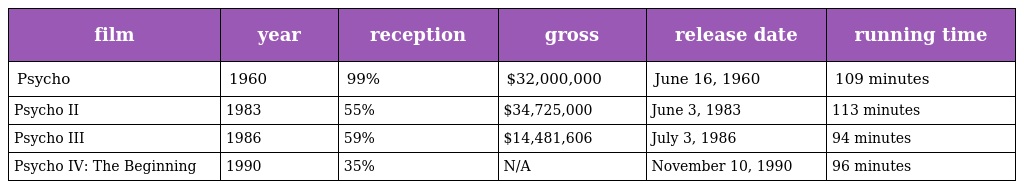
| film | year | reception | gross | release date | running time |
 | --- | --- | --- | --- | --- | --- |
 | Psycho | 1960 | 99% | $32,000,000 | June 16, 1960 | 109 minutes |
 | Psycho II | 1983 | 55% | $34,725,000 | June 3, 1983 | 113 minutes |
 | Psycho III | 1986 | 59% | $14,481,606 | July 3, 1986 | 94 minutes |
 | Psycho IV: The Beginning | 1990 | 35% | N/A | November 10, 1990 | 96 minutes |